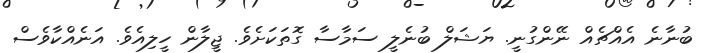
ބުނާނެ އެއްޗެއް ނޭންގުނީ. ޔަޝަލް ބުނެލީ ސަމާސާ ގޮތަކަށެވެ. ޖީލާން ހީލިއެވެ. އަނެއްކާވެސް